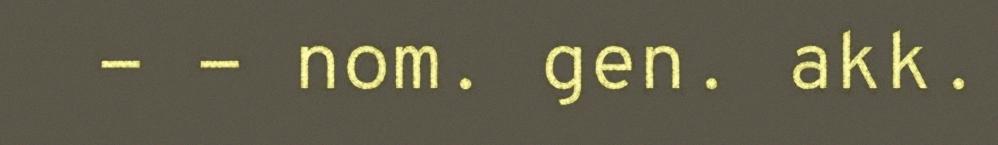
- - nom. gen. akk.